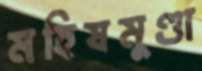
মহিষমুণ্ডা